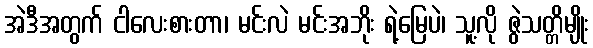
အဲဒီအတွက် ငါလေးစားတာ၊ မင်းလဲ မင်းအဘိုး ရဲ့မြေပဲ၊ သူ့လို ဇွဲသတ္တိမျိုး